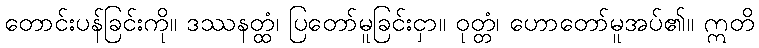
တောင်းပန်ခြင်းကို။ ဒဿနတ္ထံ၊ ပြတော်မူခြင်းငှာ။ ဝုတ္တံ၊ ဟောတော်မူအပ်၏။ ဣတိ